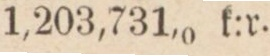
1,203,731,0 k:r.